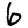
Digit: 6